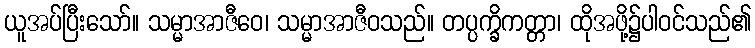
ယူအပ်ပြီးသော်။ သမ္မာအာဇီဝေ၊ သမ္မာအာဇီဝသည်။ တပ္ပက္ခိကတ္တာ၊ ထိုအဖို့၌ပါဝင်သည်၏